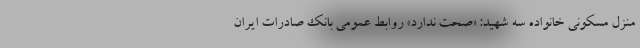
منزل مسکونی خانواده سه شهید: «صحت ندارد» روابط عمومی بانک صادرات ایران